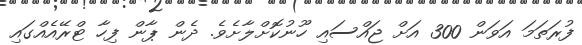
ފުރަތަމަ އަވަން 300 އަށް ޖައްސައި ހޫނުކޮށްލާށެވެ. ދެން ޕާން ފިހާ ޓްރޭއެއްގައި